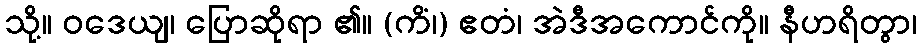
သို့။ ဝဒေယျ၊ ပြောဆိုရာ ၏။ (ကိံ၊) ဧတံ၊ အဲဒီအကောင်ကို။ နီဟရိတွာ၊